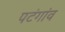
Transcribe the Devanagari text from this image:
पटंगांव